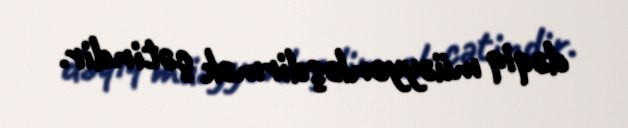
dəqiq müəyyənləşdirmək çətindir.